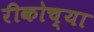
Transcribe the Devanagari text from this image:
रीकोच्या